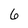
Character: 6